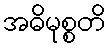
အဓိမုစ္စတိ